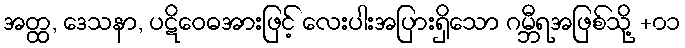
အတ္ထ, ဒေသနာ, ပဋိဝေဓအားဖြင့် လေးပါးအပြားရှိသော ဂမ္ဘီရအဖြစ်သို့ +၀၁